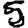
Digit: 5